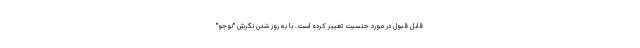
قابل قبول در مورد جنسیت تغییر کرده است. با به روز شدن نگرش "نوجو"